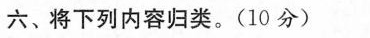
六、将下列内容归类.(10分)